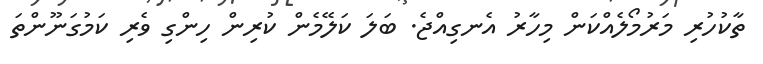
ތާކުހުރި މަރުމޯލެއްކަން މިހާރު އެނގިއްޖެ. ބަލަ ކަލޭމެން ކުރިން ހިންގި ވެރި ކަމުގަނޫންތަ